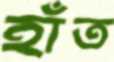
হাঁত